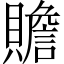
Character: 贍